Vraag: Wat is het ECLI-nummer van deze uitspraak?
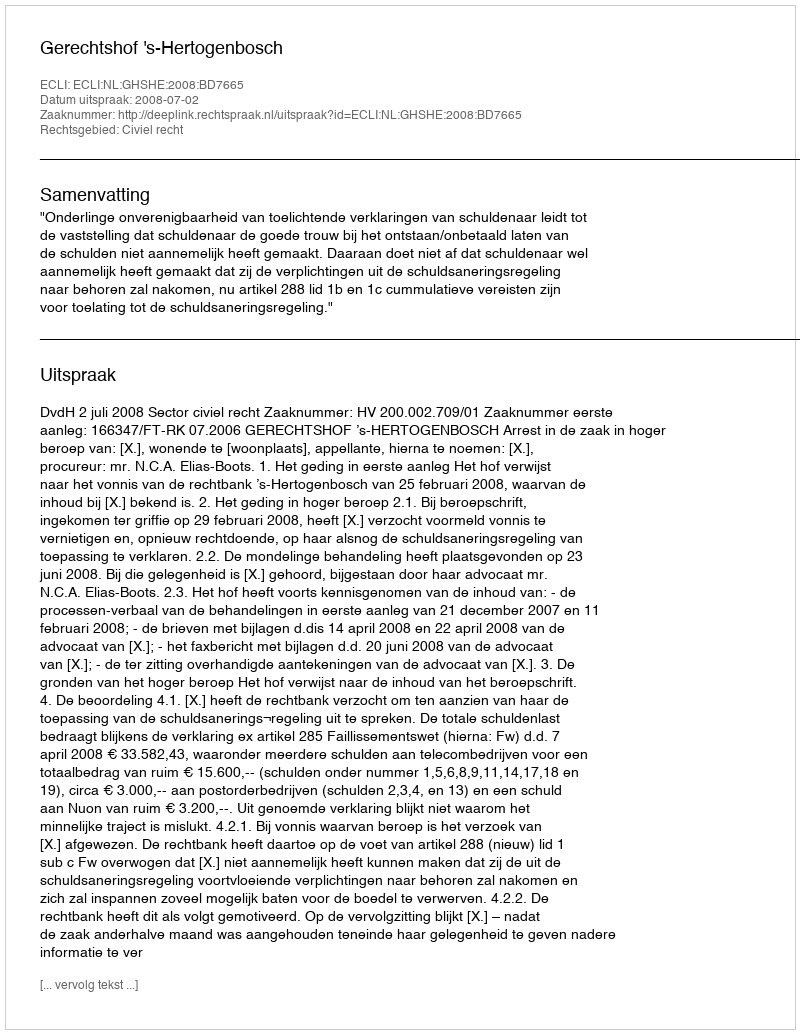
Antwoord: ECLI:NL:GHSHE:2008:BD7665